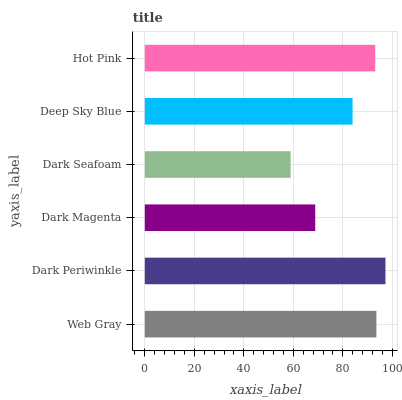
| yaxis_label | bars |
 | --- | --- |
 | Web Gray | 93.6 |
 | Dark Periwinkle | 97.2 |
 | Dark Magenta | 68.9 |
 | Dark Seafoam | 58.9 |
 | Deep Sky Blue | 83.9 |
 | Hot Pink | 93.1 |